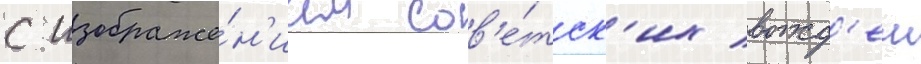
с изображе́н'ием сов'е́тск'их вожд'еи